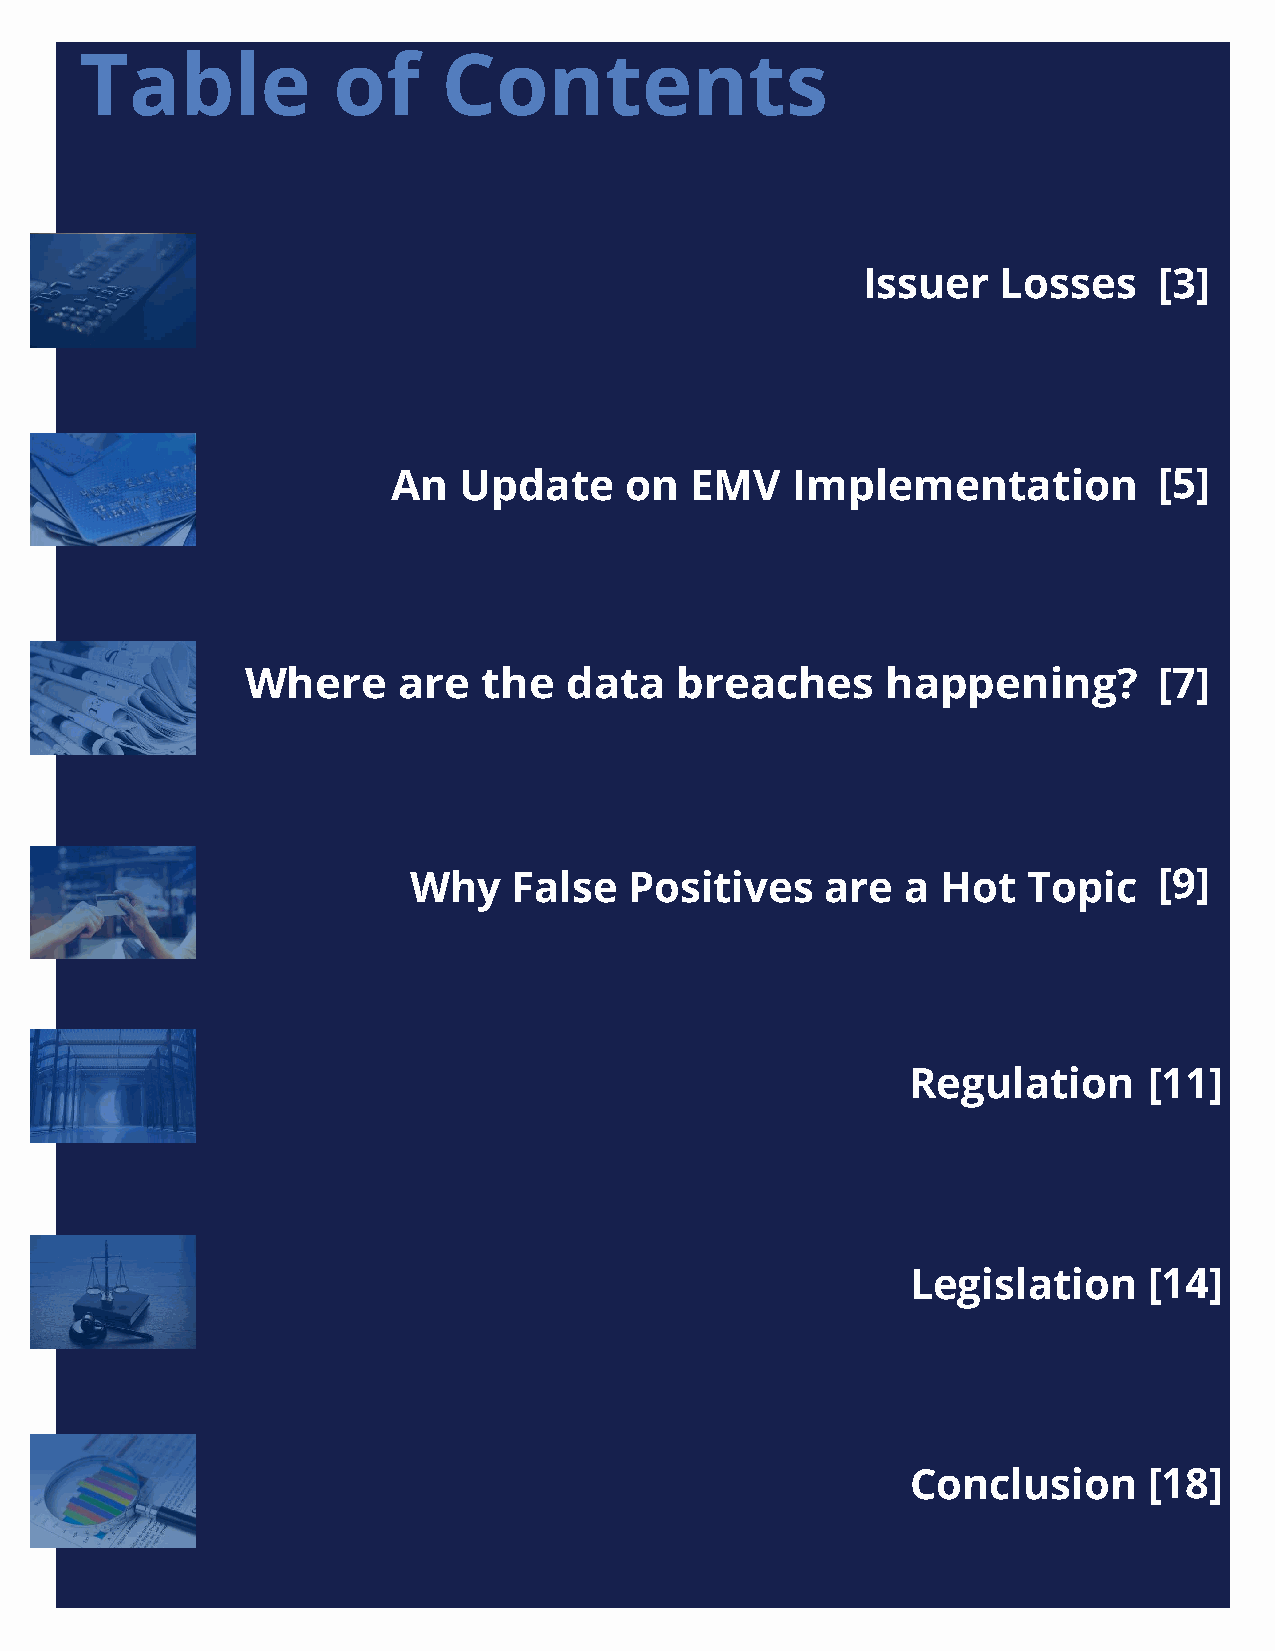
Table            of     Contents
 Issuer   Losses     [3]
 An  Update     on   EMV   Implementation           [5]
 Where     are   the  data    breaches      happening?        [7]
 Why    False   Positives    are  a Hot   Topic    [9]
 Regulation      [11]
 Legislation     [14]
 Conclusion      [18]